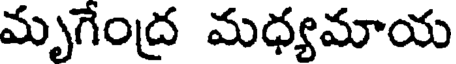
మృగేంద్ర మధ్యమాయ